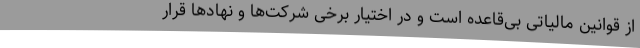
از قوانین مالیاتی بی‌قاعده است و در اختیار برخی شرکت‌ها و نهادها قرار